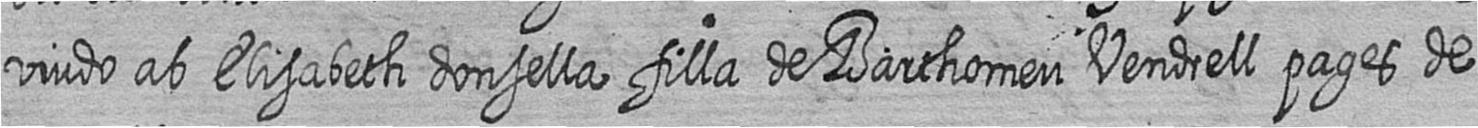
viudo ab Elisabeth donsella filla de Barthomeu Vendrell pages de